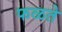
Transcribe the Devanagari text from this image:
फळते